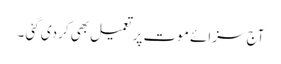
آج سزائے موت پر تعمیل بھی کردی گئی ۔